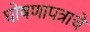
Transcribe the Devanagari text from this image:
घोषणापत्राचे